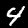
Digit: 4